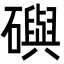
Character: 礖